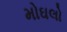
મોઘલો